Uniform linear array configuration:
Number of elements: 64
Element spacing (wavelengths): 0.75
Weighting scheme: hann
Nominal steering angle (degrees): -60
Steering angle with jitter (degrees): -60.702
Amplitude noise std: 0.05
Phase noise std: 0.05

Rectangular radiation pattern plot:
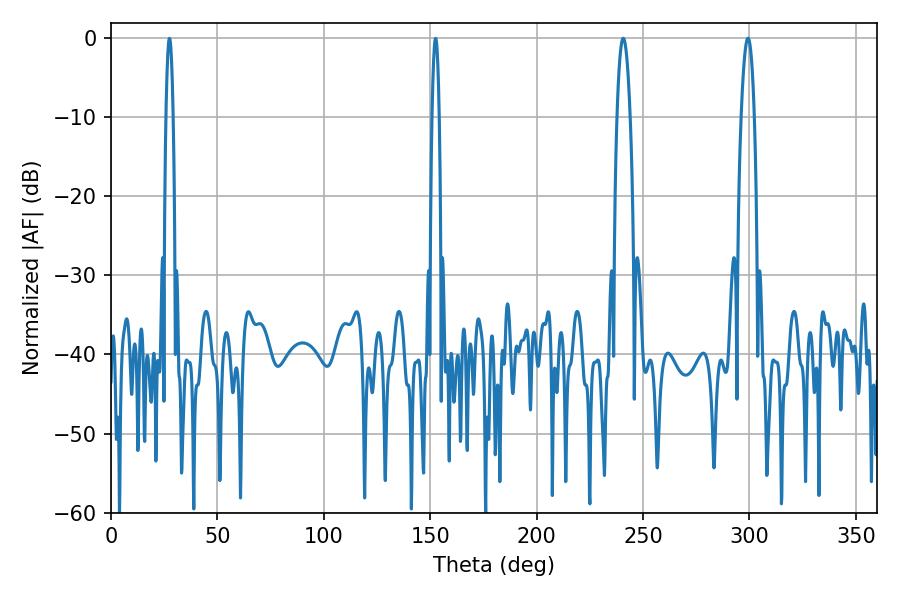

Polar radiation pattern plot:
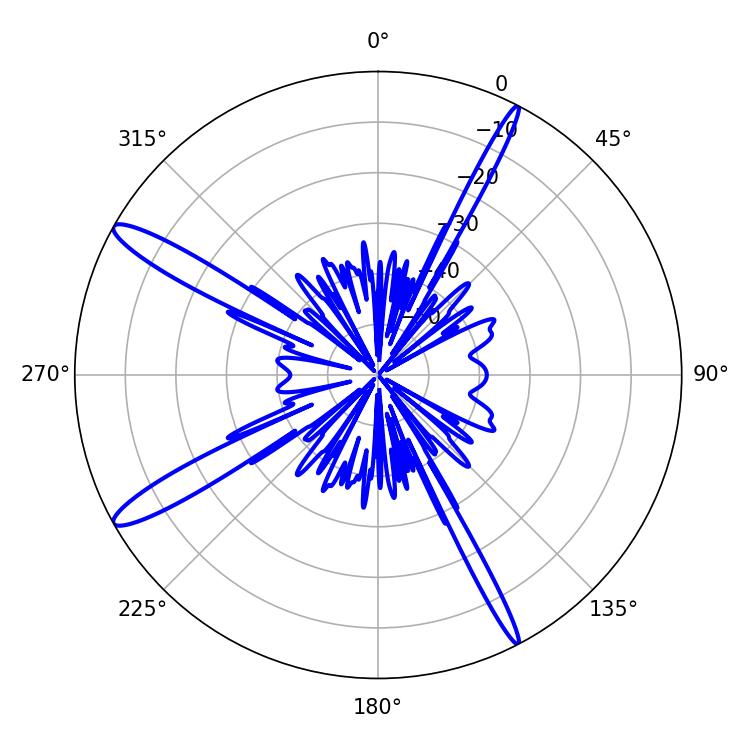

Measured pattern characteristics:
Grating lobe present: TRUE
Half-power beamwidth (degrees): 3.42
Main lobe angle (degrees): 240.66